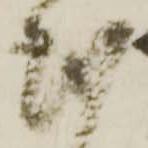
越